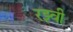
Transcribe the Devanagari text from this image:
रझ्वी